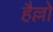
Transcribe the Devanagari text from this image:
हैल्लो